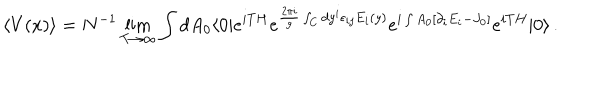
LaTeX: \langle V ( x ) \rangle = N ^ { - 1 } \lim _ { T \rightarrow \infty } \int d A _ { 0 } \langle 0 | e ^ { i T H } e ^ { { \frac { 2 \pi i } { g } } \int _ { C } d y ^ { i } \epsilon _ { i j } E _ { i } ( y ) } e ^ { i \int A _ { 0 } [ \partial _ { i } E _ { i } - J _ { 0 } ] } e ^ { i T H } | 0 \rangle \, .